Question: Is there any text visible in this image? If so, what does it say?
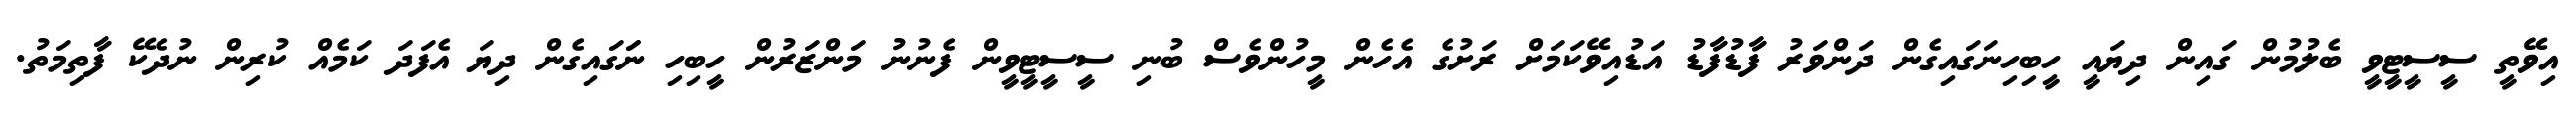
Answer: އިވޭތީ ސީސީޓީވީ ބެލުމުން ގައިން ދިޔައީ ހީބިހިނަގައިގެން ދަންވަރު ފާޑުފާޑު އަޑުއިވޭކަމަށް ރަށުގެ އެހެން މީހުންވެސް ބުނި ސީސީޓީވީން ފެނުނު މަންޒަރުން ހީބިހި ނަަގައިގެން ދިޔަ އެފަދަ ކަމެއް ކުރިން ނުދެކޭ ފާތިމަތު.